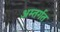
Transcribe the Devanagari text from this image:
अम्तर्गत